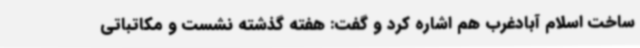
ساخت اسلام آبادغرب هم اشاره کرد و گفت: هفته گذشته نشست و مکاتباتی